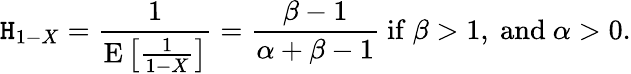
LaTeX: \mathtt{H}_{1-X}={\frac{{1}}{{\operatorname{E}\left[{\frac{{1}}{{1-X}}}\right]}}}={\frac{{\beta-1}}{{\alpha+\beta-1}}}{\mathrm{{~if~}}}\beta>1,{\mathrm{{~and~}}}\alpha>0.